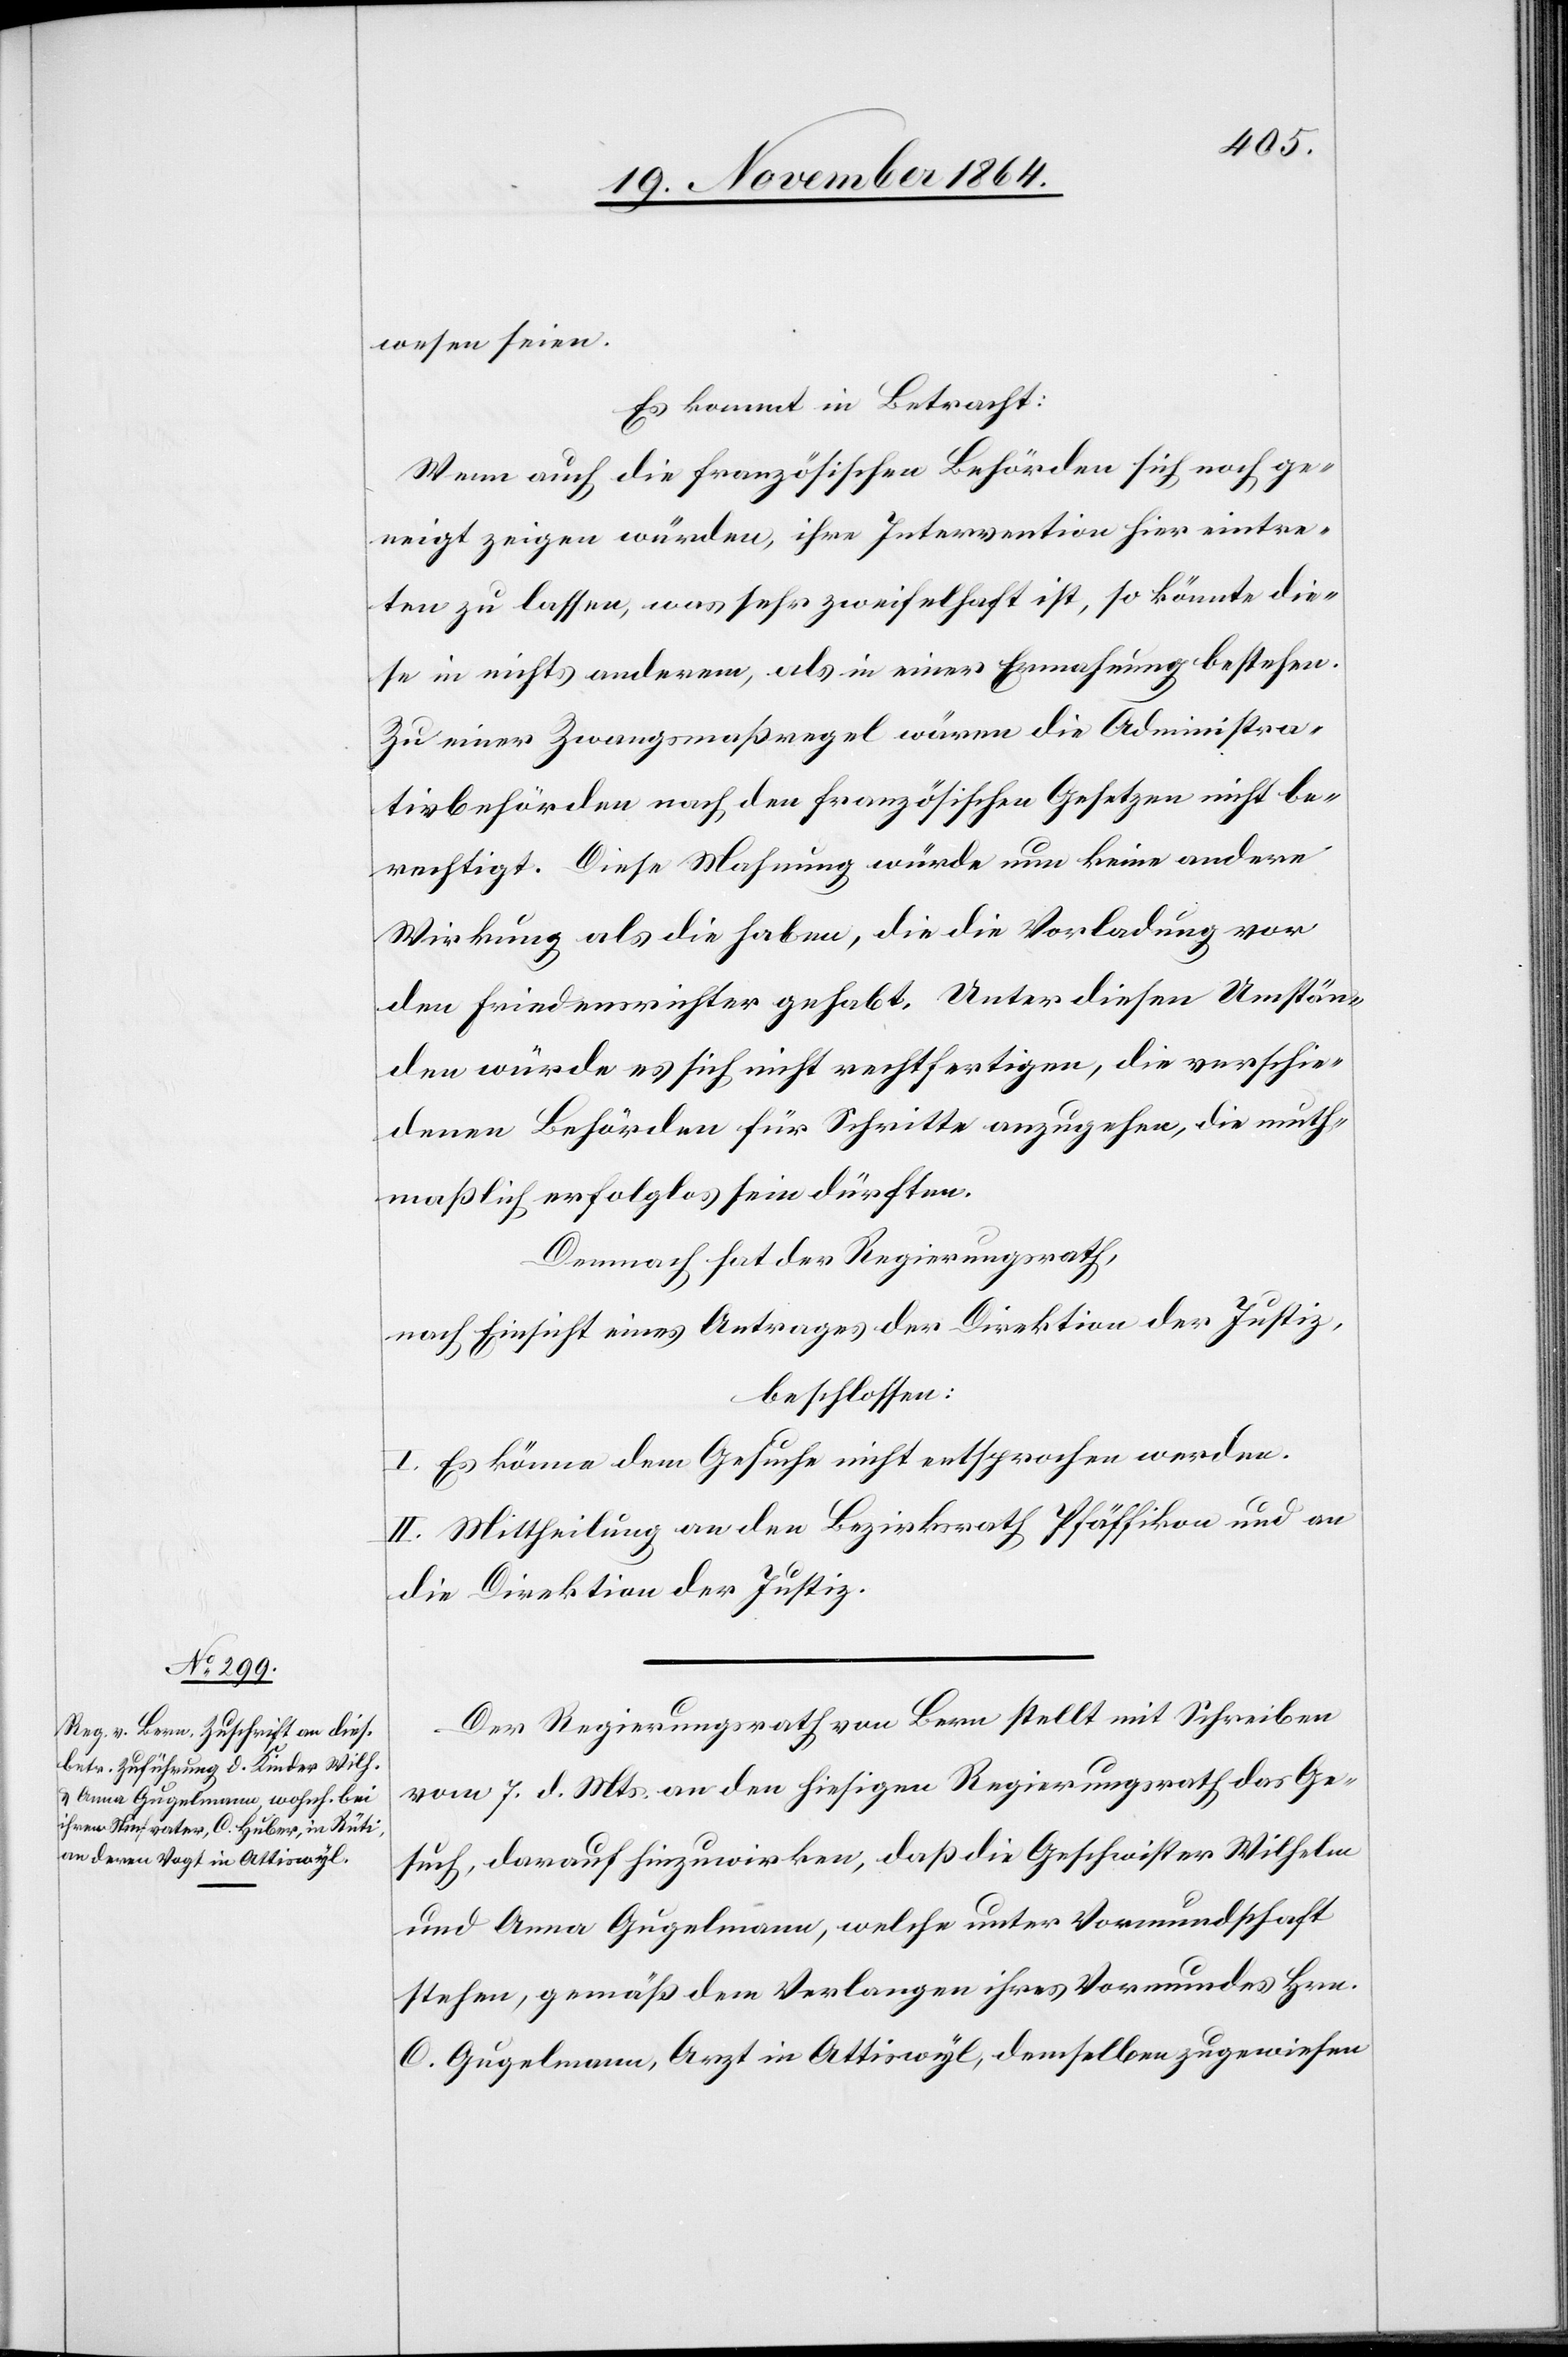
wesen seien.
Es kommt in Betracht:
Wenn auch die französischen Behörden sich noch ge¬
neigt zeigen würden, ihre Intervention hier eintre¬
ten zu lassen, was sehr zweifelhaft ist, so könnte die¬
se in nichts anderem, als in einer Ermahnung bestehen.
Zu einer Zwangsmaßregel wären die Administra¬
tivbehörden nach den französischen Gesetzen nicht be¬
rechtigt. Diese Mahnung würde nun keine andere
Wirkung als die haben, die die Vorladung vor
den Friedensrichter gehabt. Unter diesen Umstän¬
den würde es sich nicht rechtfertigen, die verschie¬
denen Behörden für Schritte anzugehen, die muth¬
maßlich erfolglos sein dürften.
Demnach hat der Regierungsrath,
nach Einsicht eines Antrages der Direktion der Justiz,
beschlossen:
I. Es könne dem Gesuche nicht entsprochen werden.
II. Mittheilung an den Bezirksrath Pfäffikon und an
die Direktion der Justiz.
Der Regierungsrath von Bern stellt mit Schreiben
vom 7. d. Mts. an den hiesigen Regierungsrath das Ge¬
such, darauf hinzuwirken, daß die Geschwister Wilhelm
und Anna Gugelmann, welche unter Vormundschaft
stehen, gemäß dem Verlangen ihres Vormundes Hrn.
C. Gugelmann, Arzt in Attiswyl, demselben zugewiesen